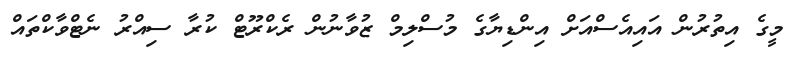
މީގެ އިތުރުން އައިއެސްއަށް އިންޑިޔާގެ މުސްލިމް ޒުވާނުން ރެކްރޫޓް ކުރާ ސިއްރު ނެޓްވާކްތައް